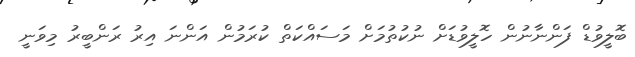
ބޮލީވުޑް ފަންނާނުން ހޮލީވުޑަށް ނުކުތުމަށް މަސައްކަތް ކުރަމުން އަންނަ އިރު ރަންބީރު މިވަނީ